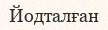
Йодталған